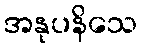
အနုပနိသေ